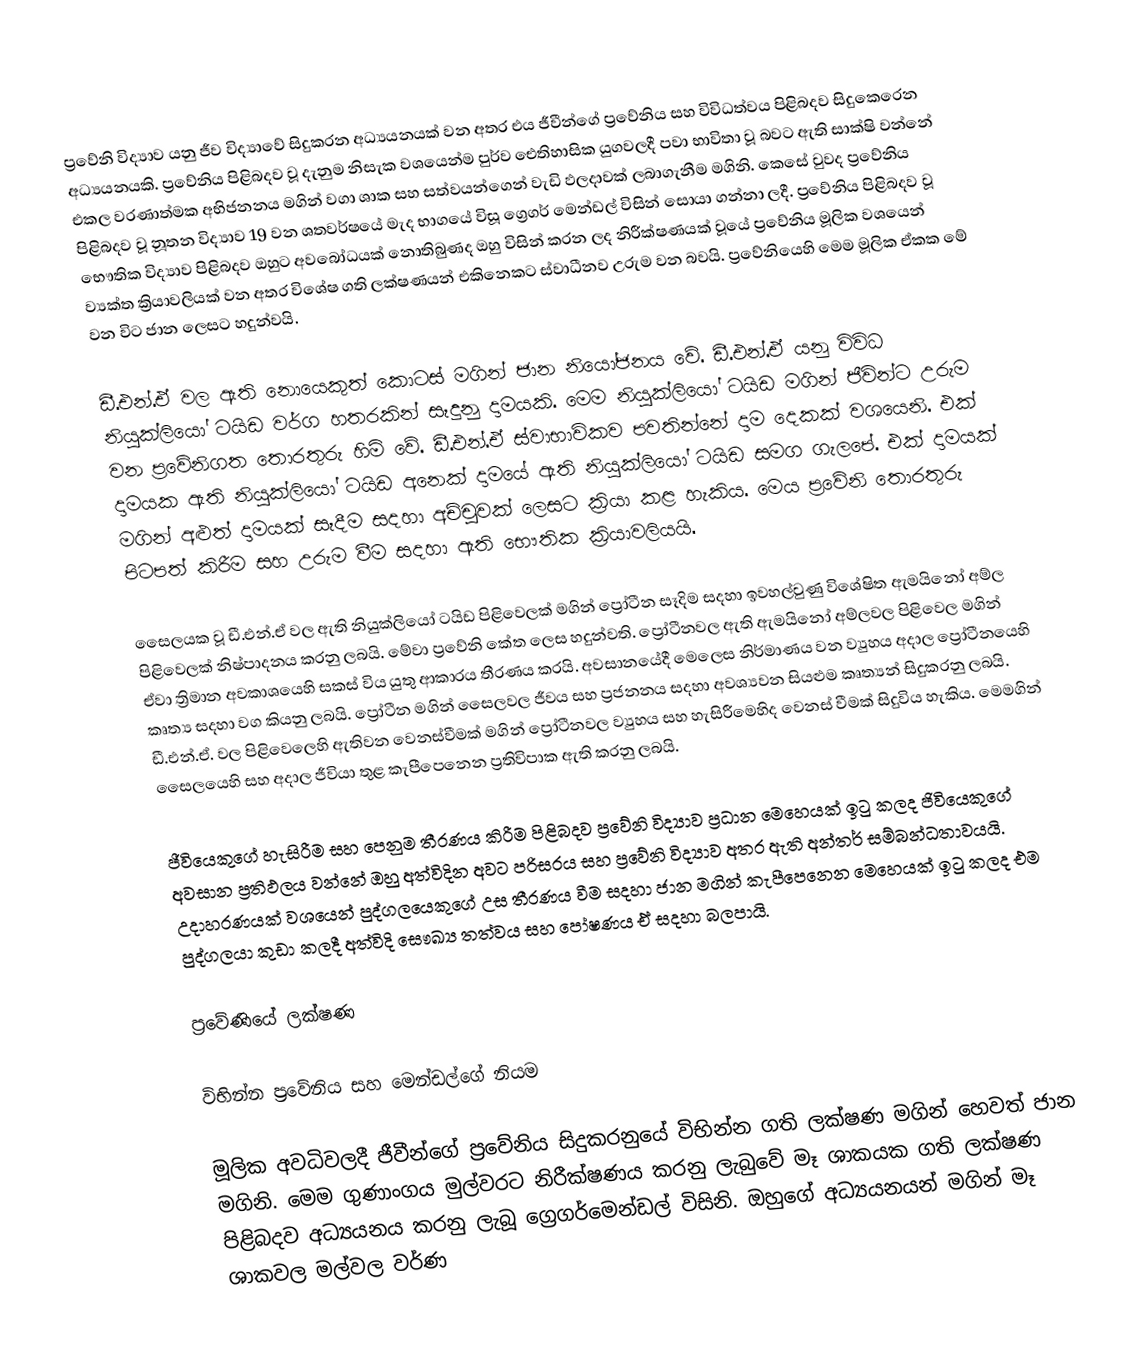
ප්‍රවේනි විද්‍යාව යනු ජීව විද්‍යාවේ සිදුකරන අධ්‍යයනයක් වන අතර එය ජීවීන්ගේ ප්‍රවේනිය සහ විවිධත්වය පිළිබදව සිදුකෙරෙන අධ්‍යයනයකි. ප්‍රවේනිය පිළිබදව වූ දැනුම නිසැක වශයෙන්ම පුර්ව ඓතිහාසික යුගවලදී පවා භාවිතා වූ බවට ඇති සාක්ෂි වන්නේ එකල වරණාත්මක අභිජනනය මගින් වගා ශාක සහ සත්වයන්ගෙන් වැඩි ඵලදාවක් ලබාගැනීම මගිනි. කෙසේ වුවද ප්‍රවේනිය පිළිබදව වූ නූතන විද්‍යාව 19 වන ශතවර්ෂයේ මැද භාගයේ විසූ ග්‍රෙගර් මෙන්ඩල් විසින් සොයා ගන්නා ලදී. ප්‍රවේනිය පිළිබදව වූ භෞතික විද්‍යාව පිළිබදව ඔහුට අවබෝධයක් නොතිබුණද ඔහු විසින් කරන ලද නිරීක්ෂණයක් වූයේ ප්‍රවේනිය මූලික වශයෙන් ව්‍යක්ත ක්‍රියාවලියක් වන අතර විශේෂ ගති ලක්ෂණයන් එකිනෙකට ස්වාධීනව උරුම වන බවයි. ප්‍රවේනියෙහි මෙම මූලික ඒකක මේ වන විට ජාන ලෙසට හදුන්වයි.

ඩී.එන්.ඒ වල ඇති නොයෙකුත් කොටස් මගින් ජාන නියෝජනය වේ. ඩී.එන්.ඒ යනු විවිධ නියුක්ලියෝ ටයිඩ වර්ග හතරකින් සෑදුනු දාමයකි. මෙම නියුක්ලියෝ ටයිඩ මගින් ජීවින්ට උරුම වන ප්‍රවේනිගත තොරතුරු හිමි වේ. ඩී.එන්.ඒ ස්වාභාවිකව පවතින්නේ දාම දෙකක් වශයෙනි. එක් දාමයක ඇති නියුක්ලියෝ ටයිඩ අනෙක් දාමයේ ඇති නියුක්ලියෝ ටයිඩ සමග ගැලපේ. එක් දාමයක් මගින් අළුත් දාමයක් සෑදීම සදහා අච්චුවක් ලෙසට ක්‍රියා කළ හැකිය. මෙය ප්‍රවේනි තොරතුරු පිටපත් කිරීම සහ උරුම වීම සදහා ඇති භෞතික ක්‍රියාවලියයි.

සෛලයක වූ ඩී.එන්.ඒ වල ඇති නියුක්ලියෝ ටයිඩ පිළිවෙලක් මගින් ප්‍රෝටීන සෑදිම සදහා ඉවහල්වුණු විශේෂිත ඇමයිනෝ අම්ල පිළිවෙලක් නිෂ්පාදනය කරනු ලබයි. මේවා ප්‍රවේනි කේත ලෙස හදුන්වති. ප්‍රෝටීනවල ඇති ඇමයිනෝ අම්ලවල පිළිවෙල මගින් ඒවා ත්‍රිමාන අවකාශයෙහි සකස් විය යුතු ආකාරය තීරණය කරයි. අවසානයේදී මෙලෙස නිර්මාණය වන ව්‍යුහය අදාල ප්‍රෝටීනයෙහි කෘත්‍ය සදහා වග කියනු ලබයි. ප්‍රෝටීන මගින් සෛලවල ජීවය සහ ප්‍රජනනය සදහා අවශ්‍යවන සියළුම කෘත්‍යන් සිදුකරනු ලබයි. ඩී.එන්.ඒ. වල පිළිවෙලෙහි ඇතිවන වෙනස්වීමක් මගින් ප්‍රෝටීනවල ව්‍යුහය සහ හැසිරීමෙහිද වෙනස් වීමක් සිදුවිය හැකිය. මෙමගින් සෛලයෙහි සහ අදාල ජීවියා තුළ කැපීපෙනෙන ප්‍රතිවිපාක ඇති කරනු ලබයි.

ජීවියෙකුගේ හැසිරීම සහ පෙනුම තීරණය කිරීම පිළිබදව ප්‍රවේනි විද්‍යාව ප්‍රධාන මෙහෙයක් ඉටු කලද ජිවියෙකුගේ අවසාන ප්‍රතිඵලය වන්නේ ඔහු අත්විදින අවට පරිසරය සහ ප්‍රවේනි විද්‍යාව අතර ඇති අන්තර් සම්බන්ධතාවයයි. උදාහරණයක් වශයෙන් පුද්ගලයෙකුගේ උස තීරණය වීම සදහා ජාන මගින් කැපීපෙනෙන මෙහෙයක් ඉටු කලද එම පුද්ගලයා කුඩා කලදී අත්විදි සෞඛ්‍ය තත්වය සහ පෝෂණය ඒ සදහා බලපායි.

ප්‍රවේණියේ ලක්ෂණ

විභින්න ‍ප්‍රවේනිය සහ මෙන්ඩල්ගේ නියම

මූලික අවධිවලදී ජීවීන්ගේ ප්‍රවේනිය සිදුකරනුයේ විභින්න ගති ලක්ෂණ මගින් හෙවත් ජාන මගිනි. මෙම ගුණාංගය මුල්වරට නිරීක්ෂණය කරනු ලැබුවේ මෑ ශාකයක ගති ලක්ෂණ පිළිබදව අධ්‍යයනය කරනු ලැබූ ග්‍රෙගර්මෙන්ඩල් විසිනි. ඔහුගේ අධ්‍යයනයන් මගින් මෑ ශාකවල මල්වල වර්ණ